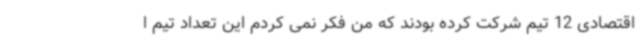
اقتصادی 12 تیم شرکت کرده بودند که من فکر نمی کردم این تعداد تیم ا